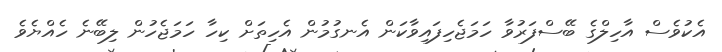
އެކުވެސް އާހިލްގެ ބޭސްފަރުވާ ހަމަޖެހިފައިވާކަން އެނގުމުން އެހިތަށް ކިހާ ހަމަޖެހުން ލިބޭނެ ހެއްޔެވެ